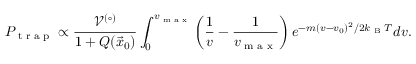
P _ { \textrm { t r a p } } \propto \frac { \mathcal { V } ^ { ( \circ ) } } { 1 + Q ( \vec { x } _ { 0 } ) } \int _ { 0 } ^ { v _ { \textrm { m a x } } } \left( \frac { 1 } { v } - \frac { 1 } { v _ { \textrm { m a x } } } \right) e ^ { - m ( v - v _ { 0 } ) ^ { 2 } / 2 k _ { \textrm { B } } T } d v .